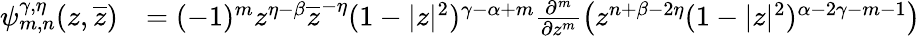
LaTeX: \begin{array}{rl}{\psi_{m,n}^{\gamma,\eta}(z,\overline{{z}})}&{=(-1)^{m}z^{\eta-\beta}\overline{{z}}^{-\eta}(1-|z|^{2})^{\gamma-\alpha+m}\frac{\partial^{m}}{\partial z^{m}}\big(z^{n+\beta-2\eta}(1-|z|^{2})^{\alpha-2\gamma-m-1}\big)}\end{array}